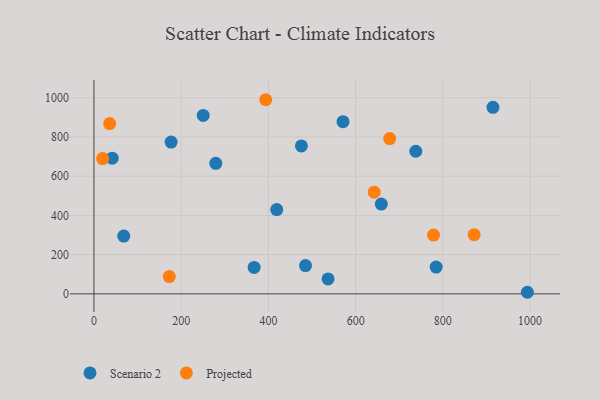
{"axis": {"x": "Investment", "y": "Fuel Efficiency"}, "legend": ["Projected", "Scenario 2"], "data": [{"x": "41.9", "y": 692.2, "type": "Scenario 2"}, {"x": "485.1", "y": 144.1, "type": "Scenario 2"}, {"x": "419.1", "y": 429.7, "type": "Scenario 2"}, {"x": "250.5", "y": 910.0, "type": "Scenario 2"}, {"x": "784.6", "y": 136.7, "type": "Scenario 2"}, {"x": "68.3", "y": 294.9, "type": "Scenario 2"}, {"x": "536.8", "y": 76.3, "type": "Scenario 2"}, {"x": "658.9", "y": 457.7, "type": "Scenario 2"}, {"x": "279.3", "y": 665.5, "type": "Scenario 2"}, {"x": "738.0", "y": 727.2, "type": "Scenario 2"}, {"x": "914.9", "y": 951.4, "type": "Scenario 2"}, {"x": "367.3", "y": 135.0, "type": "Scenario 2"}, {"x": "176.9", "y": 773.9, "type": "Scenario 2"}, {"x": "475.7", "y": 754.5, "type": "Scenario 2"}, {"x": "993.8", "y": 8.1, "type": "Scenario 2"}, {"x": "571.1", "y": 878.2, "type": "Scenario 2"}, {"x": "393.9", "y": 990.1, "type": "Projected"}, {"x": "871.8", "y": 302.1, "type": "Projected"}, {"x": "36.0", "y": 868.4, "type": "Projected"}, {"x": "642.6", "y": 518.8, "type": "Projected"}, {"x": "778.6", "y": 300.0, "type": "Projected"}, {"x": "678.1", "y": 792.1, "type": "Projected"}, {"x": "19.9", "y": 690.2, "type": "Projected"}, {"x": "172.7", "y": 88.4, "type": "Projected"}]}